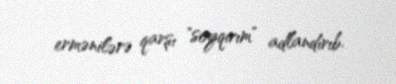
ermənilərə qarşı "soyqırım" adlandırıb.